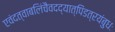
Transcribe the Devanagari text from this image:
एवंदत्वाबलिंचैवदद्यात्पिंडत्रयंबुधः